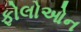
ફોલોઓન